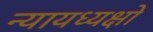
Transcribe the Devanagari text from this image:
न्यायध्यक्षों